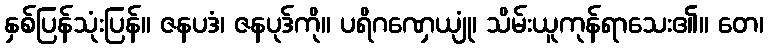
နှစ်ပြန်သုံးပြန်။ ဇနပဒံ၊ ဇနပုဒ်ကို။ ပရိဂဏှေယျုံ၊ သိမ်းယူကုန်ရာသေး၏။ တေ၊